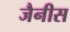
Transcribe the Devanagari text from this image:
जैनीस